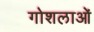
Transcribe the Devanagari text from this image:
गोशलाओं